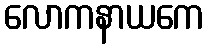
လောကနာယကေ